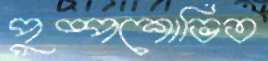
পুষ্পশোভিত